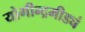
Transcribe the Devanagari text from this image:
योगीन्द्रमीड्यं